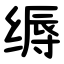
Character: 缛